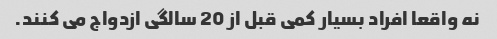
نه واقعا افراد بسیار کمی قبل از 20 سالگی ازدواج می کنند.